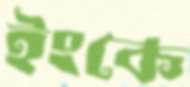
ইংকে